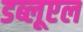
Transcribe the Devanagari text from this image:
डब्लूएल